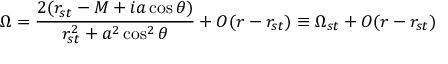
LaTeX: \Omega = \frac { 2 ( r _ { s t } - M + i a \cos \theta ) } { r _ { s t } ^ { 2 } + a ^ { 2 } \cos ^ { 2 } \theta } + { \cal O } ( r - r _ { s t } ) \equiv \Omega _ { s t } + { \cal O } ( r - r _ { s t } )